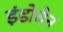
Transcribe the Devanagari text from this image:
इंडोवेन